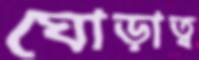
ঘোড়াত্ব